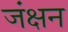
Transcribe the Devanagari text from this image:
जंक्षन